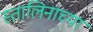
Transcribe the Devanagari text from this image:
स्तालिनाच्या